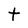
Character: t